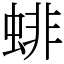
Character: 𧍃